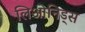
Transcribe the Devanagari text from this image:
लिओनिड्‌स